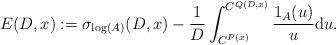
LaTeX: \begin{align*}E(D,x):= \sigma_{\log(A)}(D,x) - \frac{1}{D} \int_{C^{P(x)}}^{C^{Q(D,x)}} \frac{1_A(u)}{u} \mathrm{d}u.\end{align*}